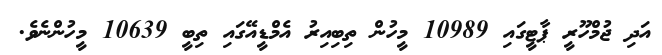
އަދި ޖުމްހޫރީ ޕާޓީގައި 10989 މީހުން ތިބިއިރު އެމްޑީއޭގައި ތިބީ 10639 މީހުންނެވެ.